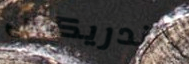
هندريكس